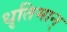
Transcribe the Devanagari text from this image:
धृतिमान्‌